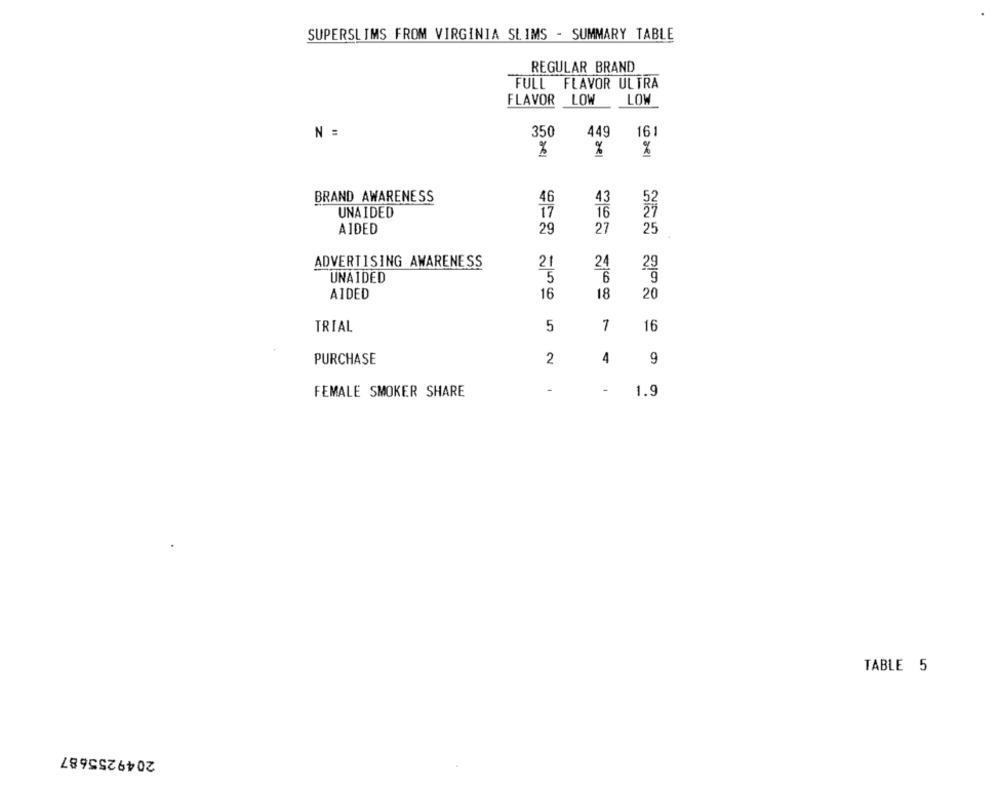
SUPERSLIMS FROM VIRGINIA SLIMS - SUMMARY TABLE
REGULAR BRAND
FULL FLAVOR ULTRA
FLAVOR LOW
LOW
N =
350
449
161
%
%
%
BRAND AWARENESS
46
43
UNAIDED
17
16
AIDED
29
27
25
ADVERTISING AWARENESS
21
24
UNAIDED
5
6
AIDED
16
18
20
TRIAL
5
7
16
PURCHASE
2
4
9
FEMALE SMOKER SHARE
-
-
1.9
TABLE 5
2049255687